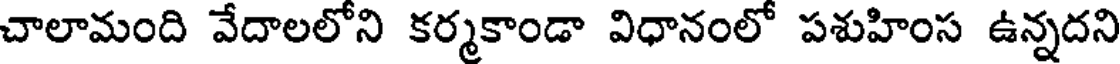
చాలామంది వేదాలలోని కర్మకాండా విధానంలో పశుహింస ఉన్నదని